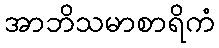
အာဘိသမာစာရိကံ